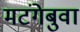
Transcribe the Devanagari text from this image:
मटंगेबुवा